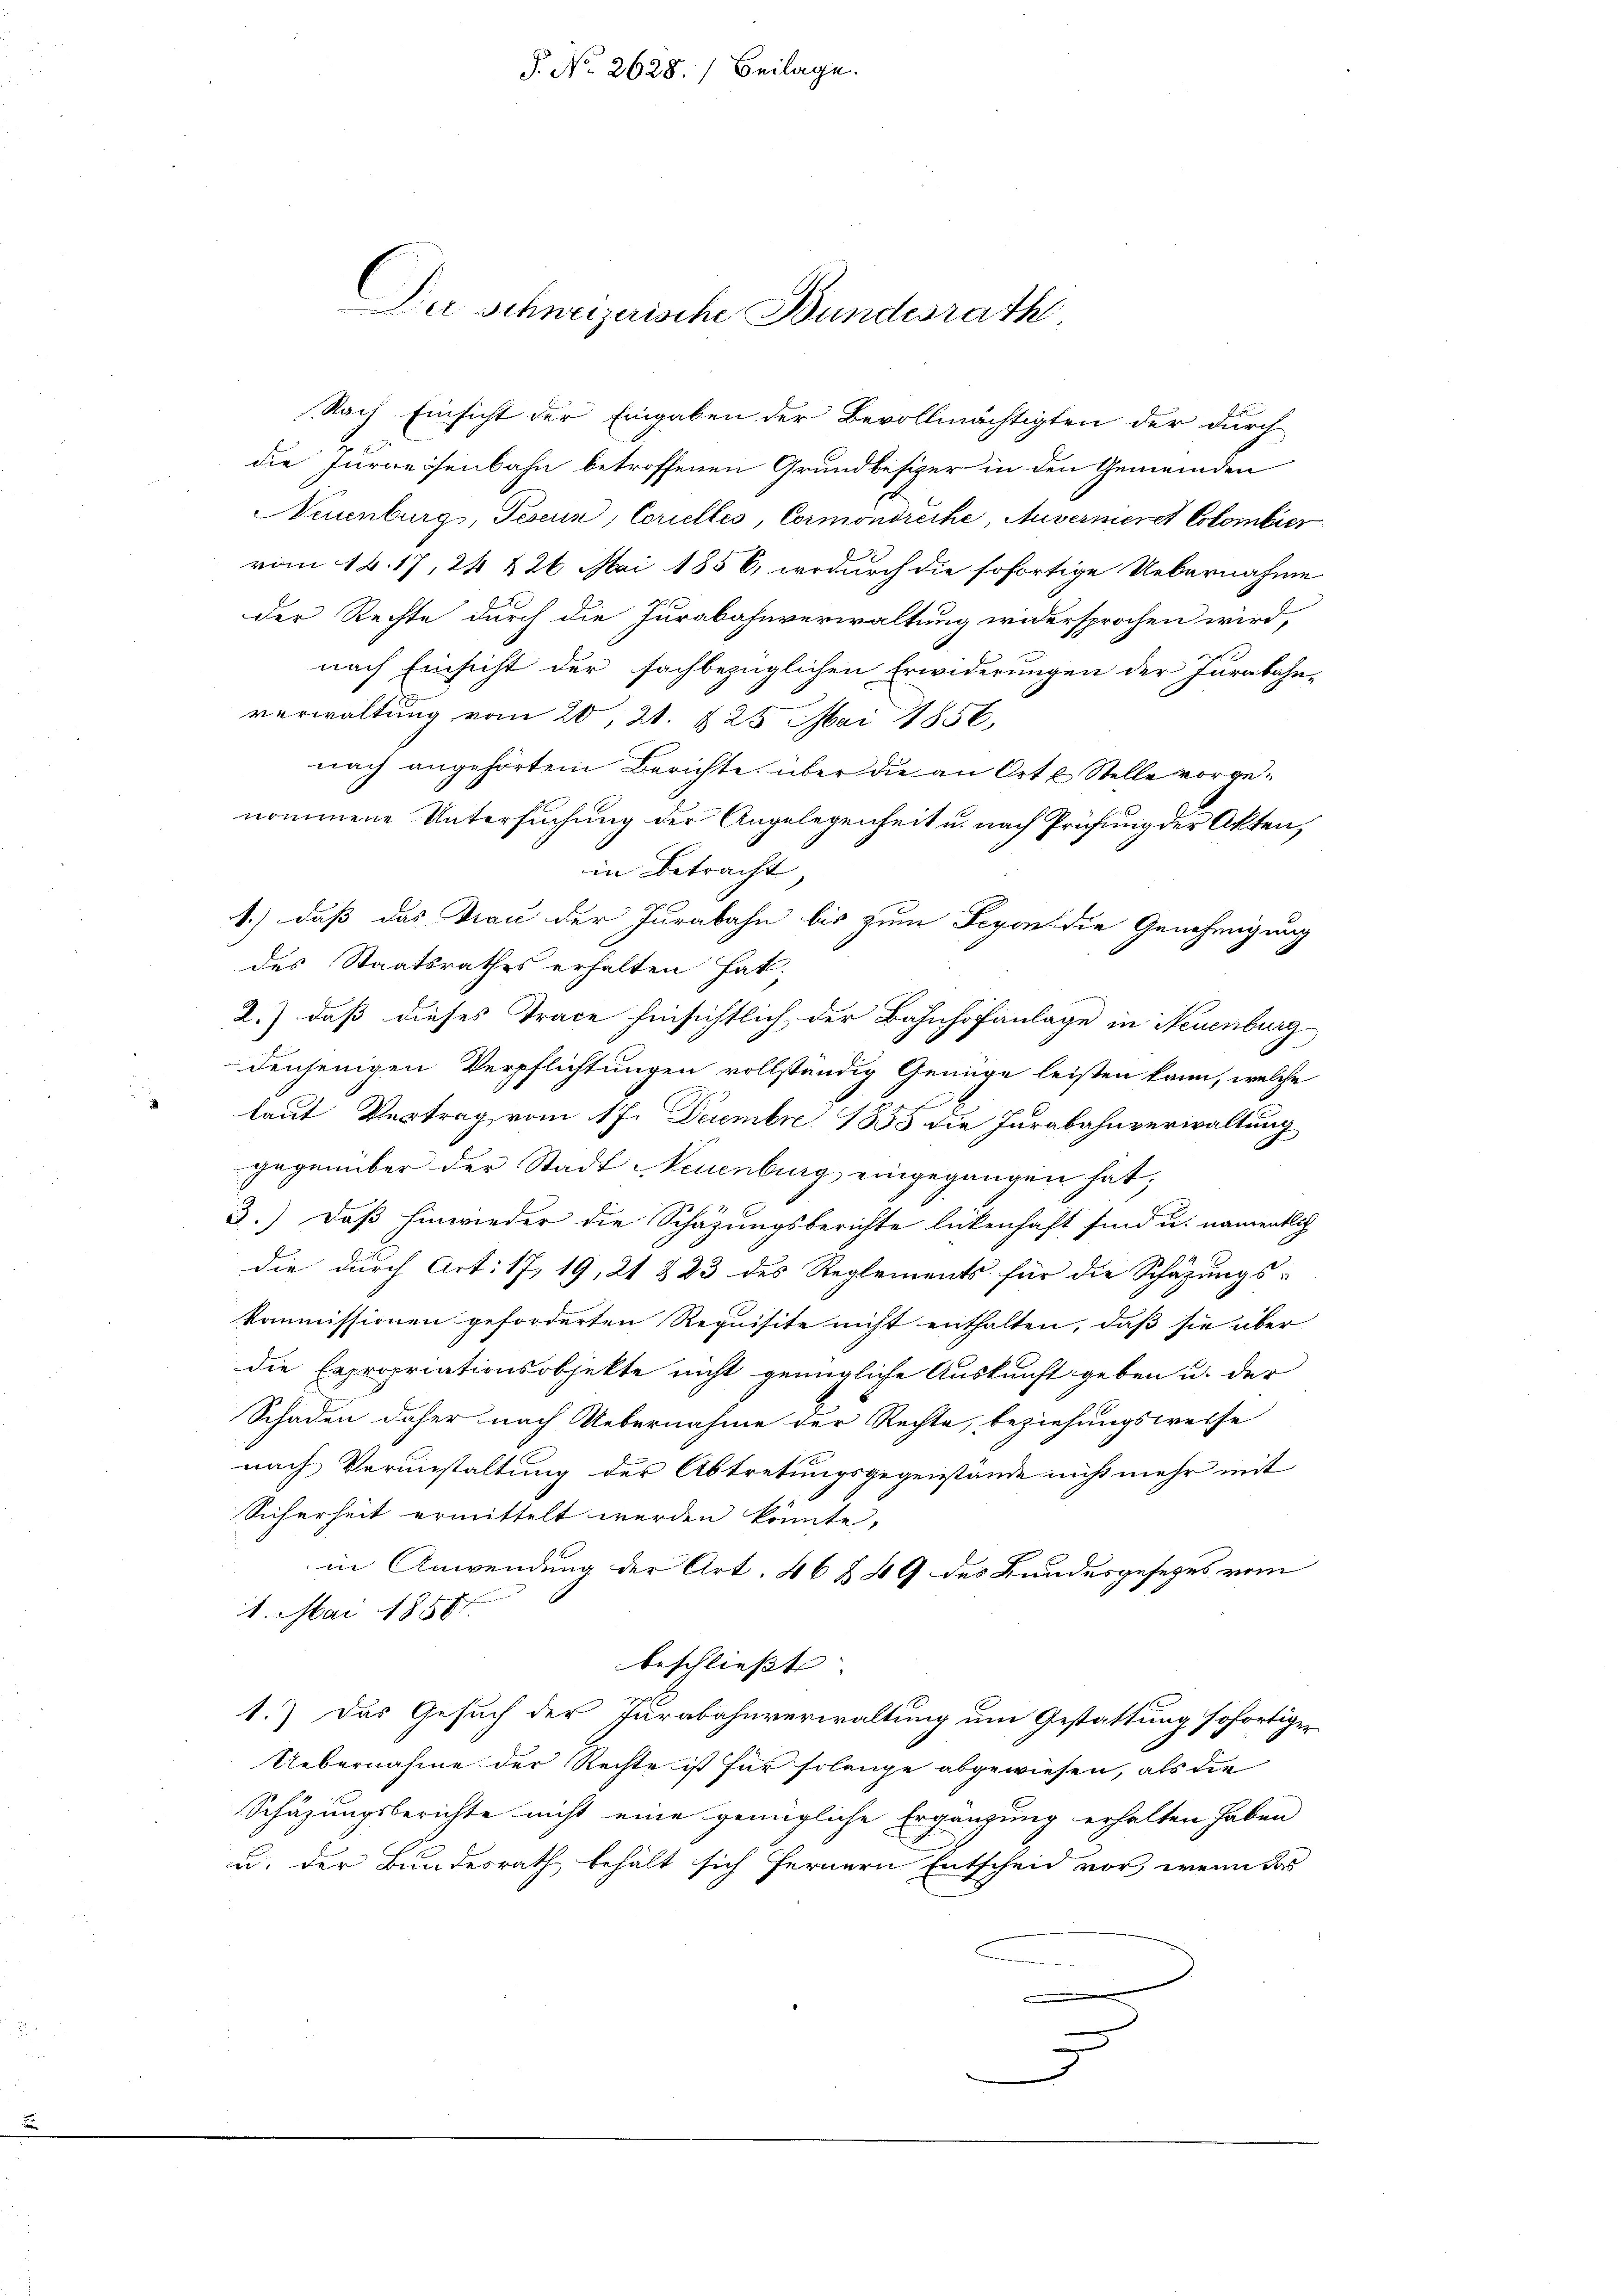
P. No. 2628.) Beilage.

Die Schweizerische Bundesrath

Nach Einsicht der Eingaben der Bevollmächtigten der durch
u
die Jurweisenbahn betroffenen Grundbesizer in den Gemeinden
Neuenburg, Teseun, Corielles, Cormondreche, Auvermeret Colombier
vom 12. 17, 24 x 24 Mai 1856, wodurch die sofortige Uebernahme
der Rechte durch die Jurabahnverwaltung widersprochen wird,
nach Einsicht der sachbezüglichen Erwiderungen der Jurabahn-
verwaltung vom 20. 21. 825. Mai 1856,
nach angehörtem Berichte, über die an Orte Stelle vorgenommene Untersuchung der Angelegenheit u. nach Prüfung der Akten,
in Betracht
1.) daß das Frau der Jurabahn bis zum Segen die Genehmigung
des Staatsrathes erhalten hat;
2.) daß dieses Trace hinsichtlich der Bahnhofanlage in Neuenburg
denjenigen Verpflichtungen vollständig Genüge leisten kann, welche
laut Vertrag vom 17. Decembre 1855 die Jurabahnverwaltung
gegenüber der Stadt Neuenburg eingegangen hat,
3.) Daß hinwieder die Schazungsberichte lickenhaft sind u. namentlich
die durch Art. 17, 19, 21 § 23 des Reglements für die Schätzungs-
kommissionen geforderten Requisite nicht enthalten, daß sie über
die Expropriationsobjekte nicht genügliche Auskunft geben u. der
Schaden daher nach Uebernahme der Rechte, beziehungsweise
nach Verunstaltung der Abtretungsgegenstände nicht mehr mit
Sicherheit ermittelt werden könnte,
in Anwendung der Art. 46 § 49 des Bundesgesetzes vom
1. Mai 1858.
beschließt
1.) Das Gesuch der Jurabahnverwaltung um Gestattung sofortigen
Uebernahme der Rechte ist für solange abgewiesen, als die
Schäzungsberichte nicht eine genügliche Ergänzung erhalten haben
u. der Bundesrath behält sich fernern Entscheid vor, wenn das